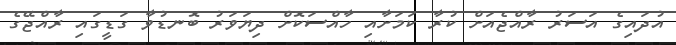
އުދައިގެ އަސަރު ރާއްޖެއަށް ކުރާ ކަމަށާއި ހާއްސަކޮށް ދިޔަވަރު ބޮނޑުވާ ގަޑީގައި ރާއްޖޭގެ